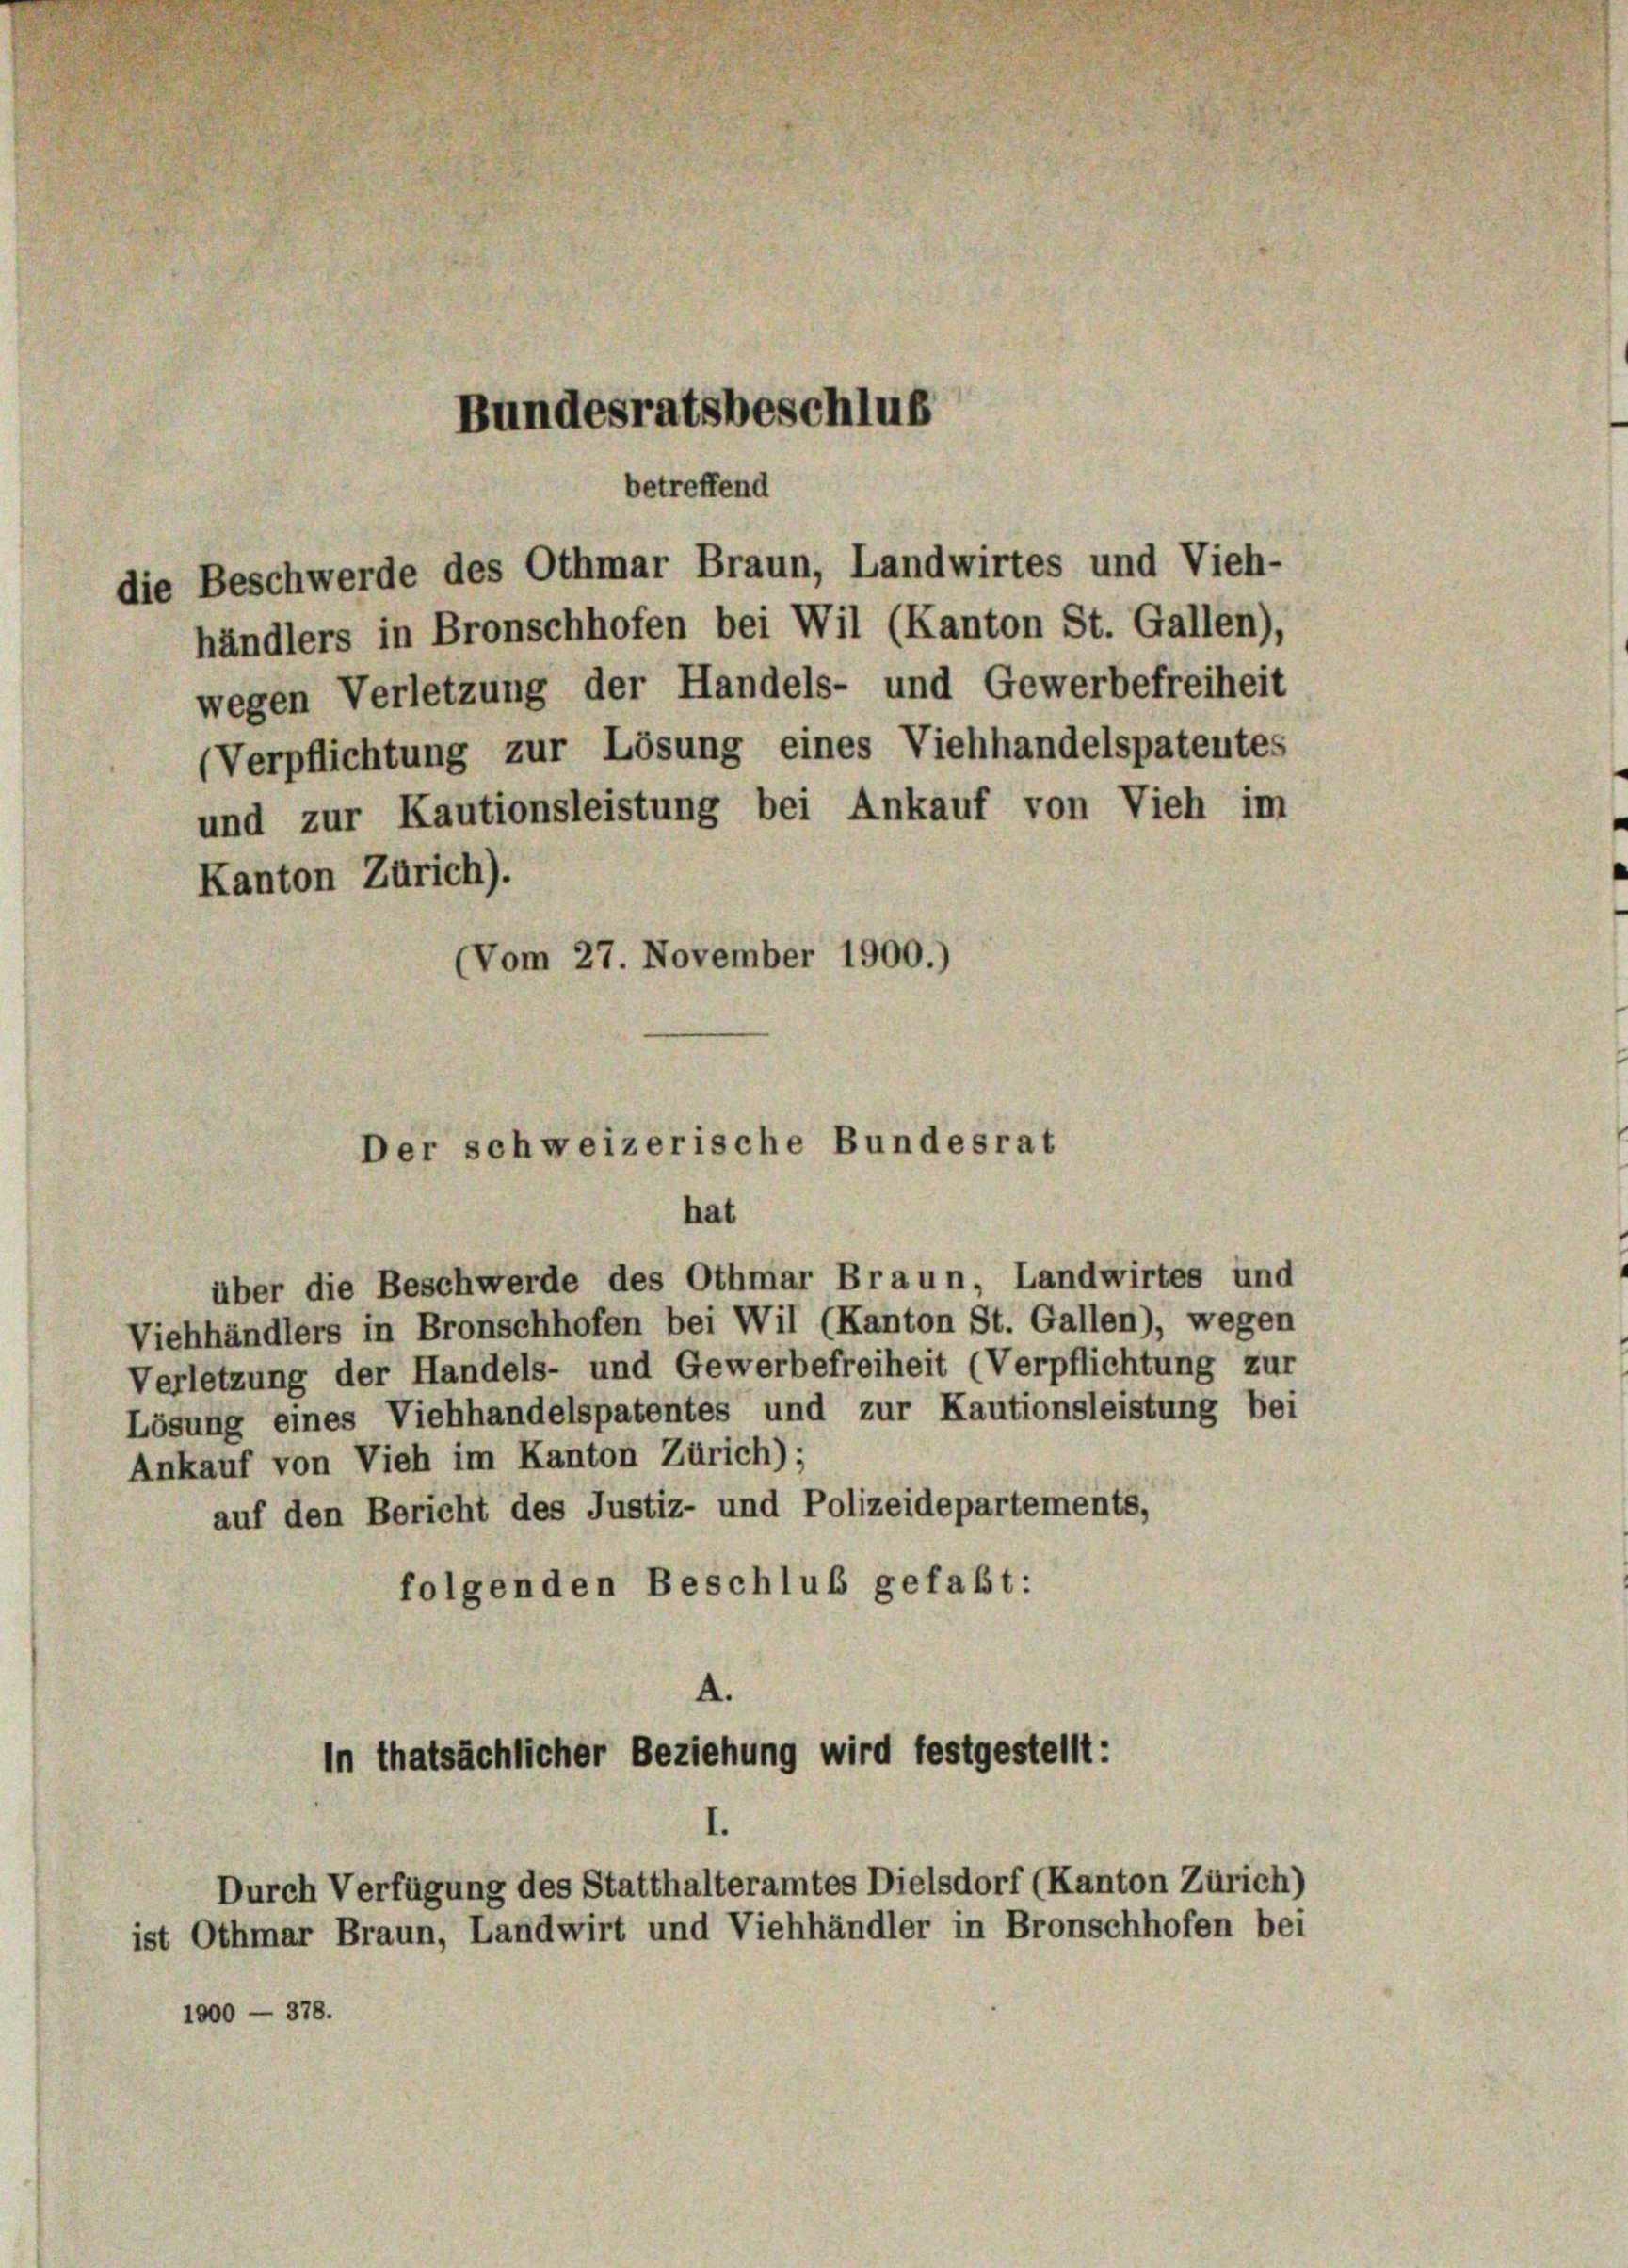
Bundesratsbeschluß

händlers in Bronschhofen bei Wil (Kanton St. Gallen),
wegen Verletzung der Handels- und Gewerbefreiheit
(Verpflichtung zur Lösung eines Viehhandelspatentes
und zur Kautionsleistung bei Ankauf von Vieh im
Kanton Zürich).

betreffend
die Beschwerde des Othmar Braun, Landwirtes und Vieh-

(Vom 27. November 1900.)
Der schweizerische Bundesrat
hat

In thatsächlicher Beziehung wird festgestellt:

über die Beschwerde des Othmar Braun, Landwirtes und
Viehhändlers in Bronschhofen bei Wil (Kanton St. Gallen), wegen
Verletzung der Handels- und Gewerbefreiheit (Verpflichtung zur
Lösung eines Viehhandelspatentes und zur Kautionsleistung bei
Ankauf von Vieh im Kanton Zürich);
auf den Bericht des Justiz- und Polizeidepartements,
folgenden Beschluß gefaßt:
A.

Durch Verfügung des Statthalteramtes Dielsdorf (Kanton Zürich)
ist Othmar Braun, Landwirt und Viehhändler in Bronschhofen bei
1000 - 378.